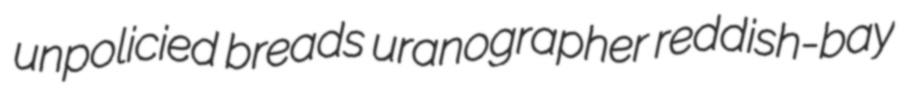
unpolicied breads uranographer reddish-bay